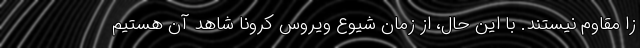
زا مقاوم نیستند. با این حال، از زمان شیوع ویروس کرونا شاهد آن هستیم